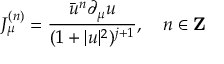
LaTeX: J _ { \mu } ^ { ( n ) } = \frac { \bar { u } ^ { n } \partial _ { \mu } u } { ( 1 + | u | ^ { 2 } ) ^ { j + 1 } } , \quad n \in \mathbf { Z }